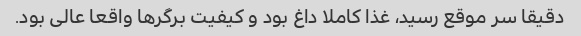
دقیقا سر موقع رسید، غذا کاملا داغ بود و کیفیت برگر‌ها واقعا عالی بود.